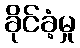
ခိုင်ခံ့မှု